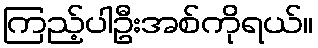
ကြည့်ပါဦးအစ်ကိုရယ်။